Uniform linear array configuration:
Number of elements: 8
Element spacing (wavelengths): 0.75
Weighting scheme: blackman
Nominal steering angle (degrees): -30
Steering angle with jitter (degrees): -29.82
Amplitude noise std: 0.05
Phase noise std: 0.05

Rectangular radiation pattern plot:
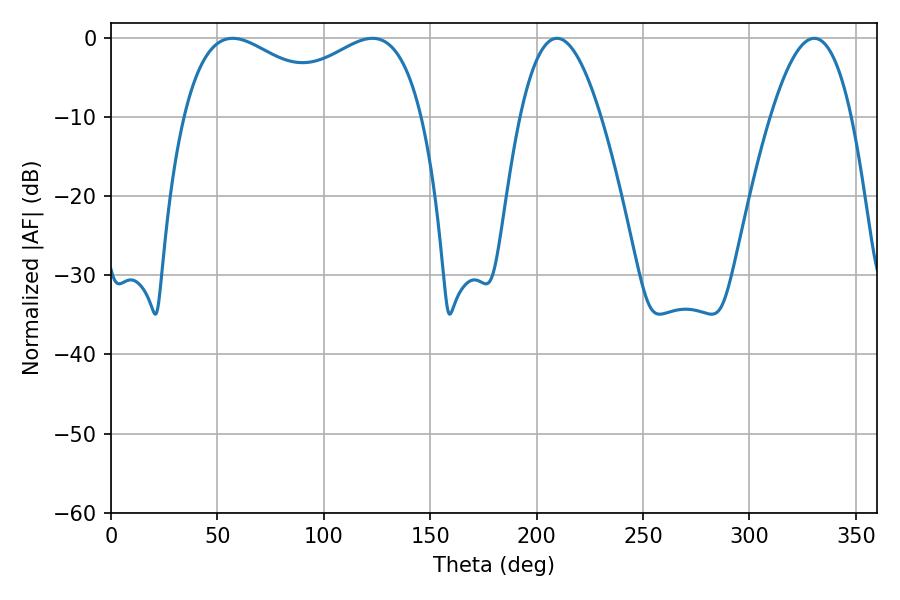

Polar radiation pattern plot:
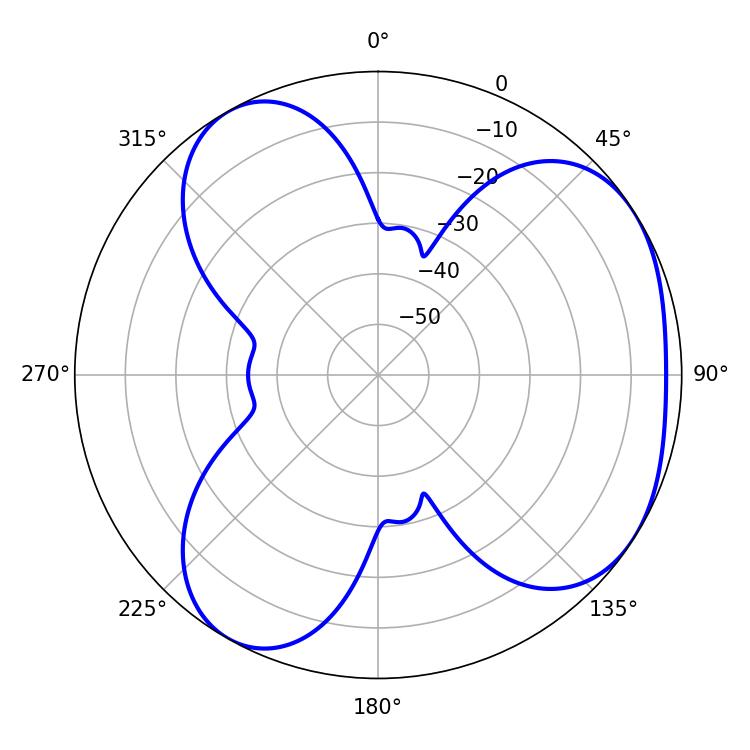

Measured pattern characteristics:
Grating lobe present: TRUE
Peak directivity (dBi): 4.316
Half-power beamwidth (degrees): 20.88
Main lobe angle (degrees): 209.52